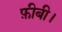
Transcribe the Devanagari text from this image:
फ़ीबी।